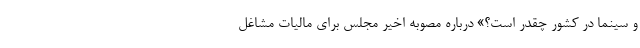
و سینما در کشور چقدر است؟» درباره مصوبه اخیر مجلس برای مالیات مشاغل